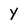
Character: Y